Leaving Certificate Examination (including Day School Certificate (Higher) General paper), 1932
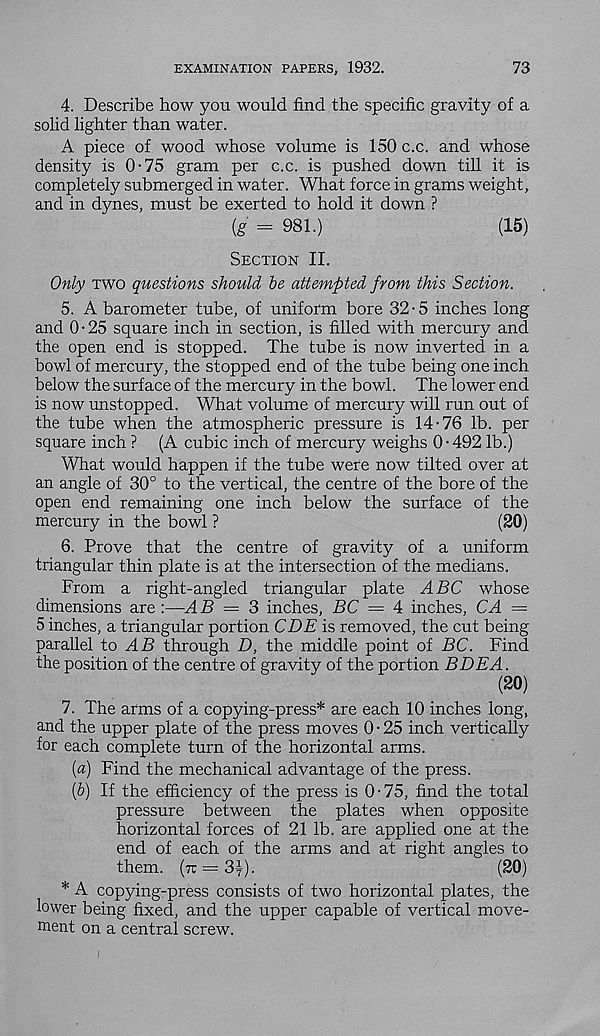
EXAMINATION PAPERS, 1932.
73
4. Describe how you would find the specific gravity of a
solid lighter than water.
A piece of wood whose volume is 150 c.c. and whose
density is 0-75 gram per c.c. is pushed down till it is
completely submerged in water. What force in grams weight,
and in dynes, must be exerted to hold it down ?
(g = 981.)
(15)
Section II.
Only two questions should be attempted from this Section.
5. A barometer tube, of uniform bore 32-5 inches long
and 0-25 square inch in section, is filled with mercury and
the open end is stopped. The tube is now inverted in a
bowl of mercury, the stopped end of the tube being one inch
below the surface of the mercury in the bowl. The lower end
is now unstopped. What volume of mercury will run out of
the tube when the atmospheric pressure is 14-76 lb. per
square inch ? (A cubic inch of mercury weighs 0-492 lb.)
What would happen if the tube were now tilted over at
an angle of 30° to the vertical, the centre of the bore of the
open end remaining one inch below the surface of the
mercury in the bowl ?
(20)
6. Prove that the centre of gravity of a uniform
triangular thin plate is at the intersection of the medians.
From a right-angled triangular plate ABC whose
dimensions are :—AB = 3 inches, BC = 4 inches, CA =
5 inches, a triangular portion CBE is removed, the cut being
parallel to A B through D, the middle point of BC. Find
the position of the centre of gravity of the portion BDEA.
(20)
7. The arms of a copying-press* are each 10 inches long,
and the upper plate of the press moves 0 • 25 inch vertically
for each complete turn of the horizontal arms.
(«) Find the mechanical advantage of the press.
(b) If the efficiency of the press is 0-75, find the total
pressure between the plates when opposite
horizontal forces of 21 lb. are applied one at the
end of each of the arms and at right angles to
them, (tc = 3y).
(20)
* A copying-press consists of two horizontal plates, the
lower being fixed, and the upper capable of vertical move-
ment on a central screw.